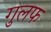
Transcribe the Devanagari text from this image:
गुलफ